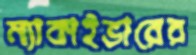
ম্যাকাইভারের